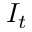
I _ { t }